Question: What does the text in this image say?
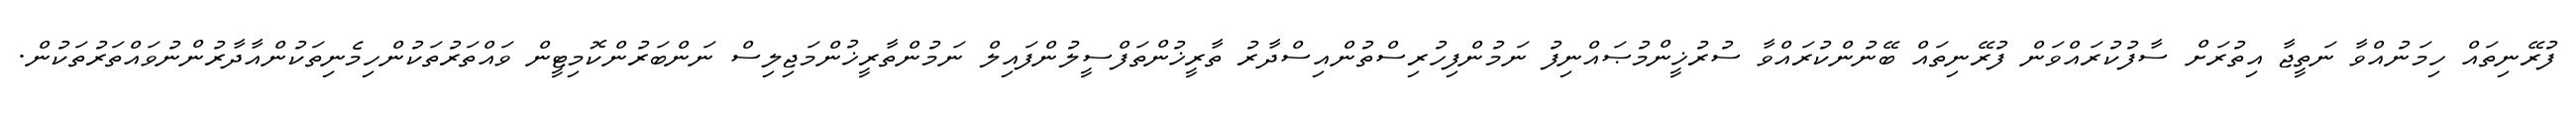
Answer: ފުރޭނިތައް ހިމަނުއްވާ ނަތީޖާ އިތުރަށް ސާފުކުރައްވަން ފުރޭނިތައް ބޭނުންކުރައްވާ ސުރުޚީންމުޞައްނިފު ނަމުންފިހުރިސްތުންއިސްދާރު ތާރީޚުންތަފްސީލުންފައިލް ނަމުންތާރީޚުންމަޖިލިސް ނަންބަރުންކޮމިޓީން ވައްތަރުތަކުންހިމެނިތަކުންއާދާރުންނުވައްތަރުތަކުން.